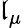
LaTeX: \mathfrak{l}_{\mu}